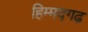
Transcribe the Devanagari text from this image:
हिम्मद्गढ़